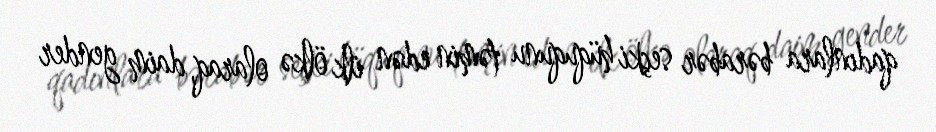
qadınlara bərabər seçki hüququnu təmin edən ilk ölkə olaraq, daim gender